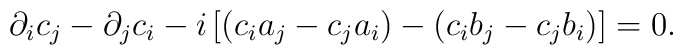
\partial _ic_j-\partial _jc_i-i\left[(c_ia_j-c_ja_i)-(c_ib_j-c_jb_i)\right] =0.